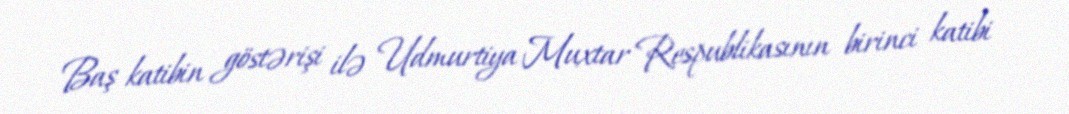
Baş katibin göstərişi ilə Udmurtiya Muxtar Respublikasının birinci katibi